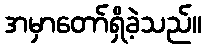
အမှာတော်ရှိခဲ့သည်။